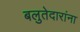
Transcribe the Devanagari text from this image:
बलुतेदारांना